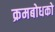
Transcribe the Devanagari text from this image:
क्रमबोधको